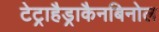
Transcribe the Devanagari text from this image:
टेट्राहैड्राकैनबिनोल